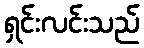
ရှင်းလင်းသည်